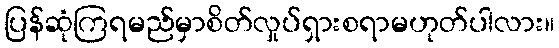
ပြန်ဆုံကြရမည်မှာစိတ်လှုပ်ရှားစရာမဟုတ်ပါလား။